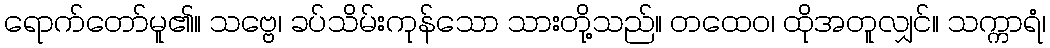
ရောက်တော်မူ၏။ သဗ္ဗေ၊ ခပ်သိမ်းကုန်သော သားတို့သည်။ တထေဝ၊ ထိုအတူလျှင်။ သက္ကာရံ၊